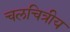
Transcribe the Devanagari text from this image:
चलचित्रीय